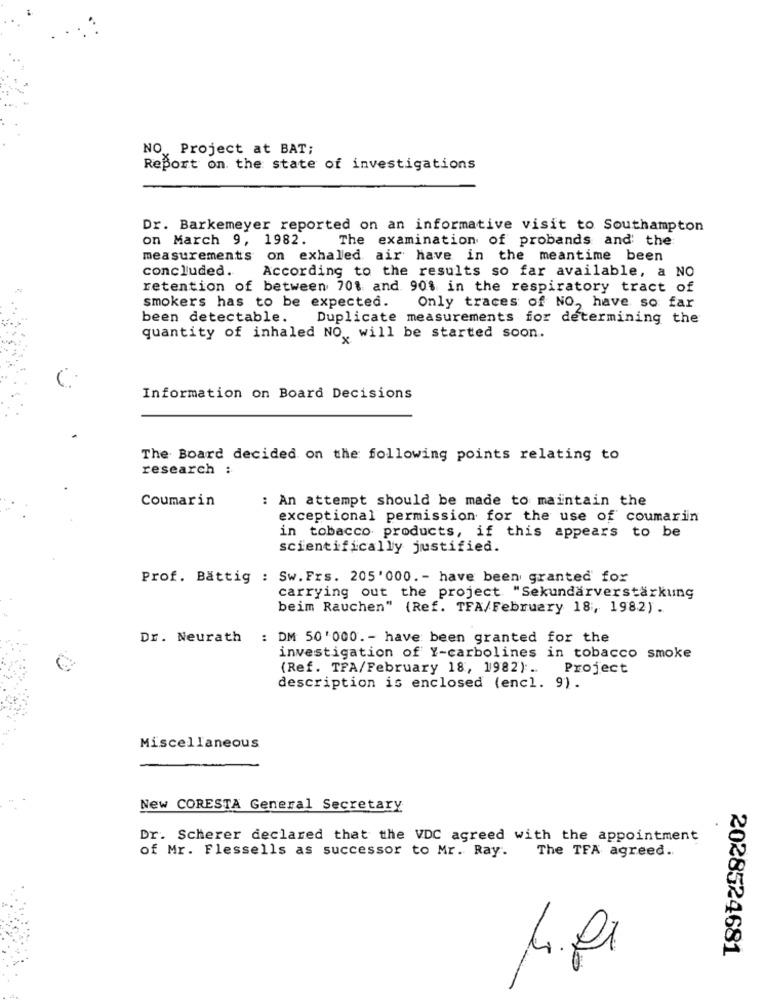
NO, Project at BAT;
Report on the state of investigations
Dr. Barkemeyer reported on an informative visit to Southampton
on March 9, 1982.
The examination of probands and the
measurements on exhaled air have in the meantime been
concluded.
According to the results so far available, a NO
retention of between 701 and 90% in the respiratory tract of
smokers has to be expected.
Only traces of NO, have so far
been detectable.
Duplicate measurements for determining the
quantity of inhaled NO ,, will be started soon.
Information on Board Decisions
The Board decided on the following points relating to
research :
Coumarin
: An attempt should be made to maintain the
exceptional permission for the use of coumarin
in tobacco products, if this appears to be
scientifically justified.
Prof. Battig : Sw.Frs. 205'000. - have been granted for
carrying out the project "Sekundarverstärkung
beim Rauchen" (Ref. TFA/February 18, 198.2).
Dr. Neurath : DM 50'000 .- have been granted for the
investigation of Y-carbolines in tobacco smoke
(Ref. TPA/February 18, 1982) ..
Project
description is enclosed (encl. 9).
Miscellaneous
New CORESTA General Secretary
Dr. Scherer declared that the VDC agreed with the appointment
The TFA agreed ..
of Mr. Flessells as successor to Mr. Ray.
2028524681